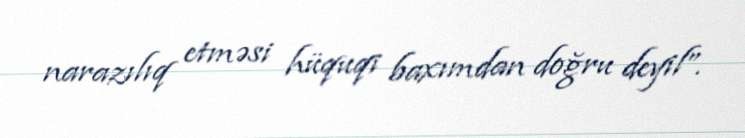
narazılıq etməsi hüquqi baxımdan doğru deyil”.